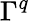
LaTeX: \Gamma^{q}